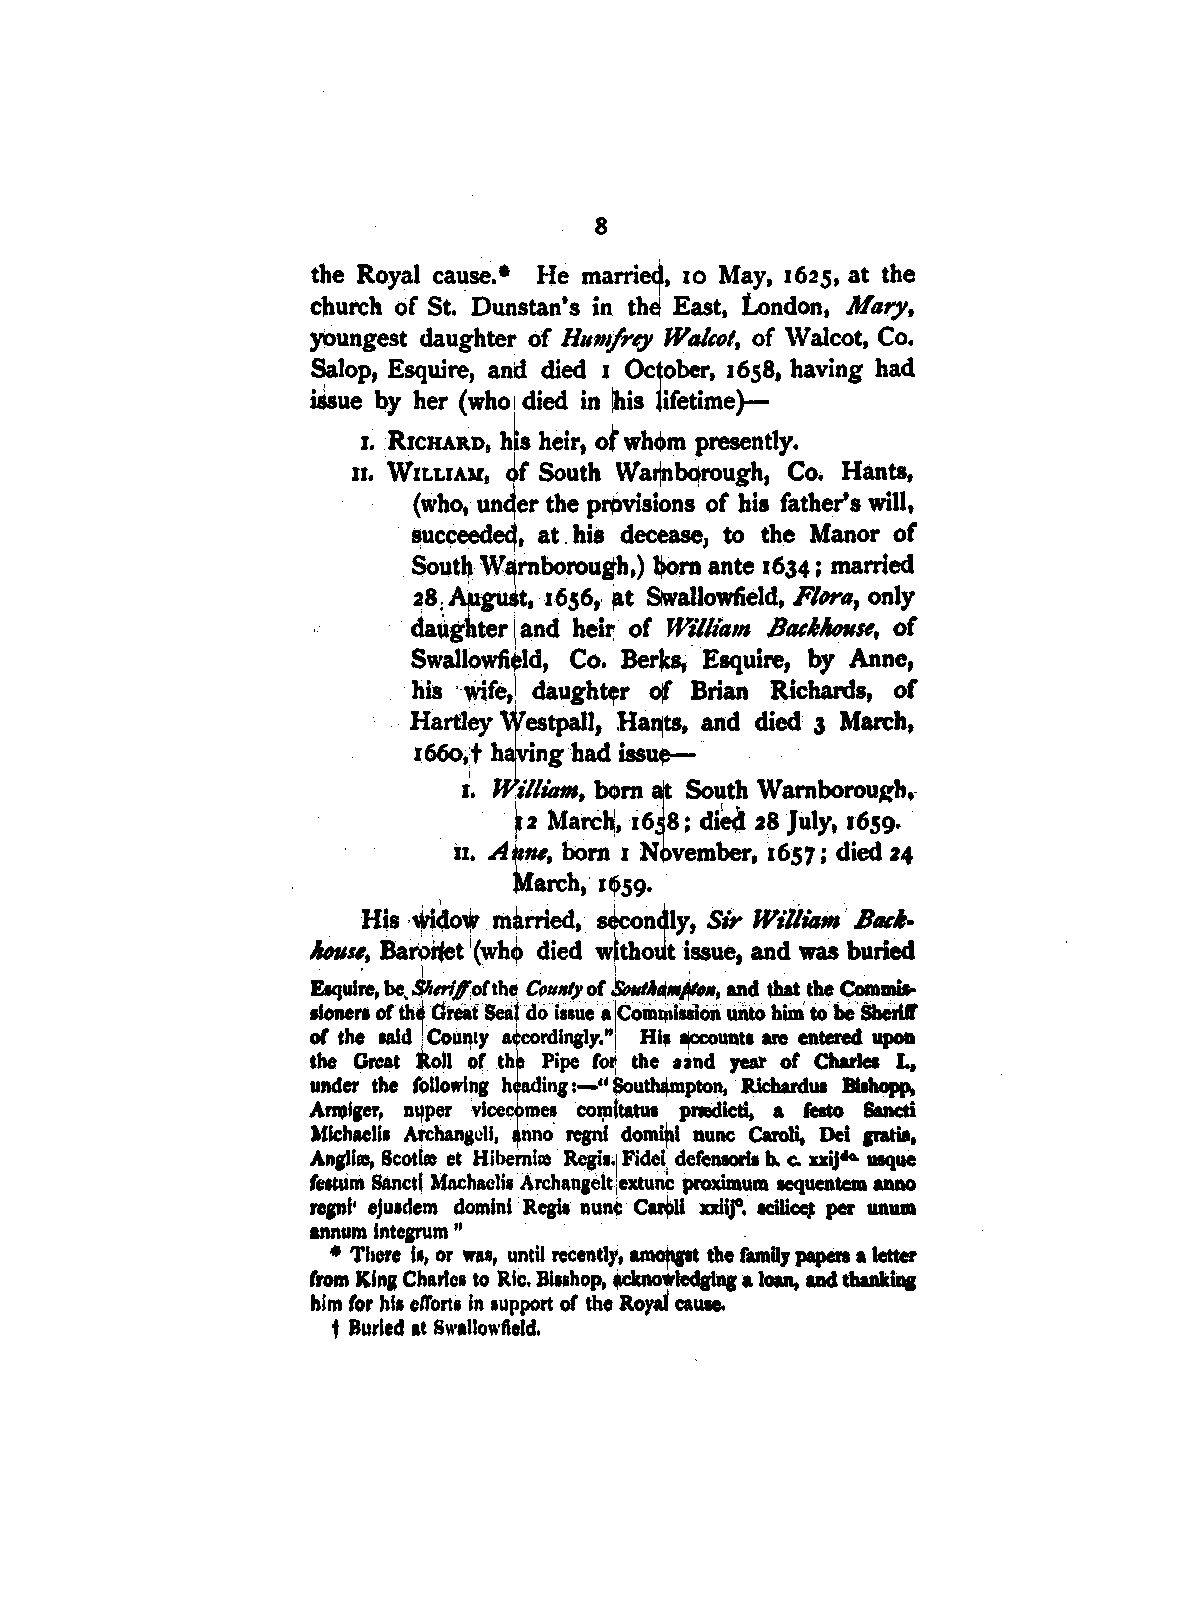
8
 the Royal cause.• He marri~, 10 May, 1625, at the
 c)lurclt of St. Dunstan's in. thd East, London, Mary,
 youngest daughter of H1111{/rey Wal,ol, of ,vatcot, Co.
 ~lop, Esquire, and died I Oc~ober, 1658, having had
 issue by her (who I died in ~is lifetime)-
 1• . RrcRAIU>, h~s heir, of whc!>m presently.
 qf
 11. WILLIAU, South Warpbdrough, Co. Hants,
 (who, un~er the pai>visibns of his father's will,
 succeed~, at . his decease, to the Manor of
 $out)) W borough,) ~rn ante 1634: married
 ~8.Aµgu t, 1656,• ~t Swallowfield, Flwa, only
 daug~ter and heb1 of Wil/ia,n Bae1'NJ11Se, of
 Swallowfi Id, Co. Berlcs; · Esquire, by Anne,
 his -~fe, daugh~r of Brian Richards, of
 Hartley estpall, Ha 1r, a nd died 3 March,
 1660, t h ing had issu
 t. illiam, bc!>rn South Warnborou~h,-
 2 Marc~, 16. 8; died 28 July, 1659.
 i1. A ne, born I N vember, 1657; died 24
 arch, 1~59.
 Hls ·~dot m~rried,. s«k:on<lly, Sir Wiliia111 · B«I
 Anse, Ba" Wet 1(whe1> died wJtboJt issue, and was buried
 Co!D••
 mff,oCthd Co".11110,c ~A-~~•••
 Elqul~, be..               and~ the
 Seaeo
 •lonen' or' th G~t 111ue a,lco~lltllllOn unto' ham to be Sherif'
 of the laid County a cordlngty."I Hi, 1¥XOUnt1 are entered upoa
 the Great oll ~r th Pipe Co~ the ,ind year or Charles L.
 under the (ollowin1 h ing :-" ~utbl,mpton, · R.ichardua Biahopp,
 Anol1er; n"per vlcel:mes com!tatu1 pnedicti, a feato Saned
 Michaeli• Archangell, no' regnl dom!ri nunc Caroli, Dei gratia,
 An1lia, Scot~ et Hibe. ia, Regi••I FS'det cle(enaori1 b. c. uijdo. uque
 1
 fettlim Sanct~ Mnchaeli1 Archanaelt ;extun proximum aequentem anno
 repi• eju1dem domini Regil nun~ Ii uiif. ~ per unum
 annum lnte,rum "
 • There l•, or waa, until recentti, ~ the famUy papen a letter
 from Kln1 Charle• to Ric. Jll1shop, ~•lecllffll a loan, and thanldna
 him (or hi• el1'ort1 In aupport of the Royal cause.
 t Burled at Swallowfield,